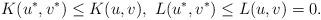
LaTeX: \begin{align*} \ K(u^*,v^*)\leq K(u,v), \ L(u^*,v^*)\leq L(u,v)=0.\end{align*}